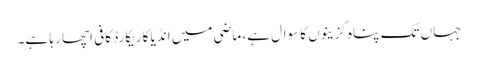
جہاں تک پناہ گزینوں کا سوال ہے، ماضی میں انڈیا کا ریکارڈ کافی اچھا رہا ہے۔